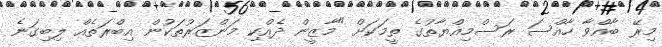
މިރޭ ބާއްވާ ހާއްސަ ރަސްމިއްޔާތުގެ ތީމަކަށް "މާޒީން ދެއްކި މަންޒަރުތަކުން އިބްރަތެއް ލިބިގަނެ